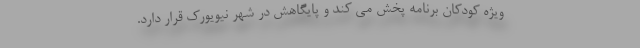
ویژه کودکان برنامه پخش می کند و پایگاهش در شهر نیویورک قرار دارد.